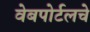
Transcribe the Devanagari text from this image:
वेबपोर्टलचे